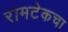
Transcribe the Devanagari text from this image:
रामटेकचा